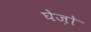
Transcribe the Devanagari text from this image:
घेज़ो